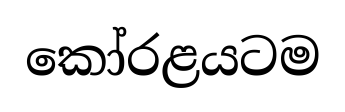
කෝරළයටම